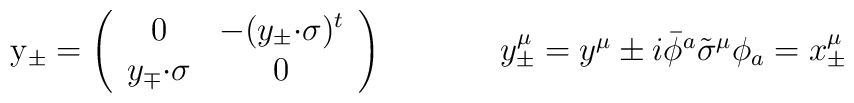
\begin{array}{cc}{\rm y}_{\pm}=\left(\begin{array}{cc}0&-(y_{\pm}{\cdot\sigma})^{t}\\y_{\mp}{\cdot\sigma}&0\end{array}\right)~~~~&~~~~y^{\mu}_{\pm}=y^{\mu}\pm i\bar{\phi}{}^{a}\tilde{\sigma}^{\mu}\phi_{a}=x^{\mu}_{\pm}\end{array}